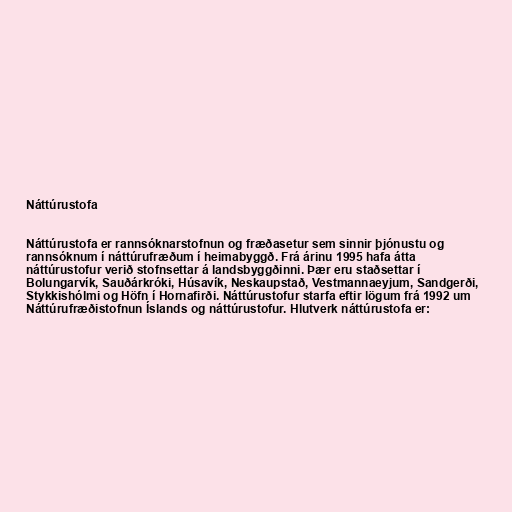
Náttúrustofa

Náttúrustofa er rannsóknarstofnun og fræðasetur sem sinnir þjónustu og
rannsóknum í náttúrufræðum í heimabyggð. Frá árinu 1995 hafa átta
náttúrustofur verið stofnsettar á landsbyggðinni. Þær eru staðsettar í
Bolungarvík, Sauðárkróki, Húsavík, Neskaupstað, Vestmannaeyjum, Sandgerði,
Stykkishólmi og Höfn í Hornafirði. Náttúrustofur starfa eftir lögum frá 1992 um
Náttúrufræðistofnun Íslands og náttúrustofur. Hlutverk náttúrustofa er: